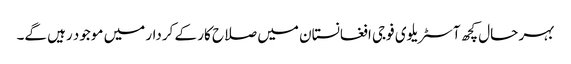
بہر حال کچھ آسٹریلوی فوجی افغانستان میں صلاح کار کے کردار میں موجود رہیں گے۔